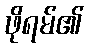
ဖိုရမ်၏